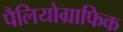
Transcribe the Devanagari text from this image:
पैलियोग्राफिक